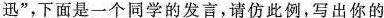
迅”，下面是一个同学的发言，请仿此例，写出你的